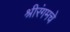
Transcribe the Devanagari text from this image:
श्रीरंगमचे